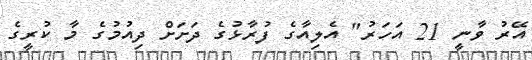
އޭރު ވާނީ 21 އަހަރު" އެލިއާގެ ފުރާޅުގެ ދަށަށް ދިއުމުގެ މާ ކުރީގެ